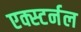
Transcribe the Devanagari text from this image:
एक्स्टर्नल